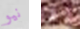
نيو واش